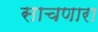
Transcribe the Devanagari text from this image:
साचणारा